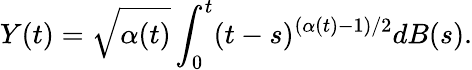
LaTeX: Y(t)=\sqrt{\alpha(t)}\int_{0}^{t}(t-s)^{(\alpha(t)-1)/2}dB(s).